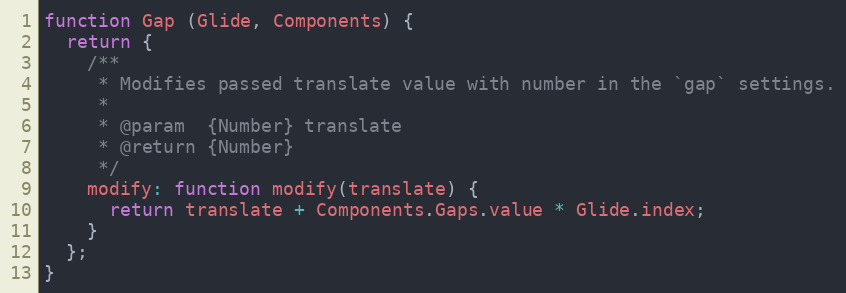
Language: JavaScript
function Gap (Glide, Components) {
  return {
    /**
     * Modifies passed translate value with number in the `gap` settings.
     *
     * @param  {Number} translate
     * @return {Number}
     */
    modify: function modify(translate) {
      return translate + Components.Gaps.value * Glide.index;
    }
  };
}